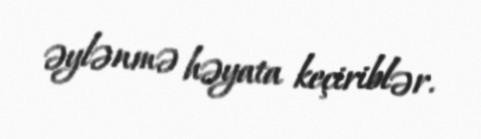
əylənmə həyata keçiriblər.